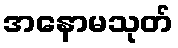
အနောမသုတ်